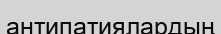
антипатиялардың